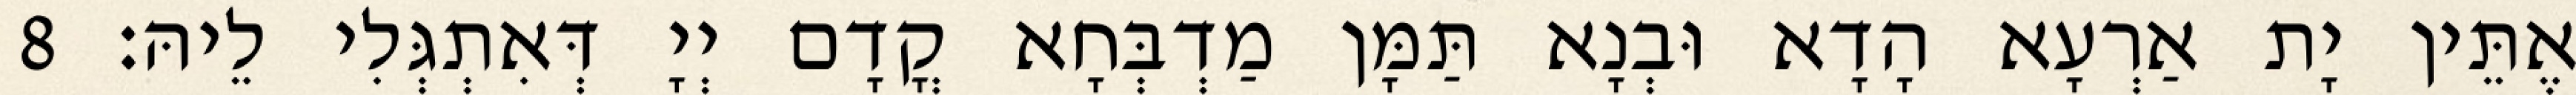
אֶתֵּין יָת אַרְעָא הָדָא וּבְנָא תַּמָּן מַדְבְּחָא קֳדָם יְיָ דְּאִתְגְּלִי לֵיהּ׃ 8